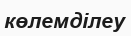
көлемділеу